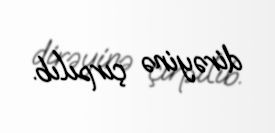
dirəyinə çırpılıb.